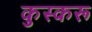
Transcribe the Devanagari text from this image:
कुस्करू